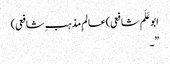
ابوعَلَم شافعی)عالمِ مذہب ِشافعی)
”۔